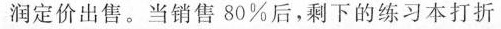
润定价出售。当销售80%后，剩下的练习本打折